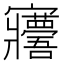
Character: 𡬑